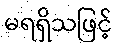
မရရှိသဖြင့်